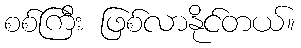
စစ်ကြီး ဖြစ်လာနိုင်တယ်။